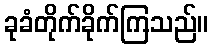
ခုခံတိုက်ခိုက်ကြသည်။